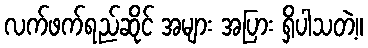
လက်ဖက်ရည်ဆိုင် အများ အပြား ရှိပါသတဲ့။